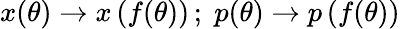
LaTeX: x(\theta)\rightarrow x\left(f(\theta)\right)\, ;\; p(\theta)\rightarrow p\left(f(\theta)\right)